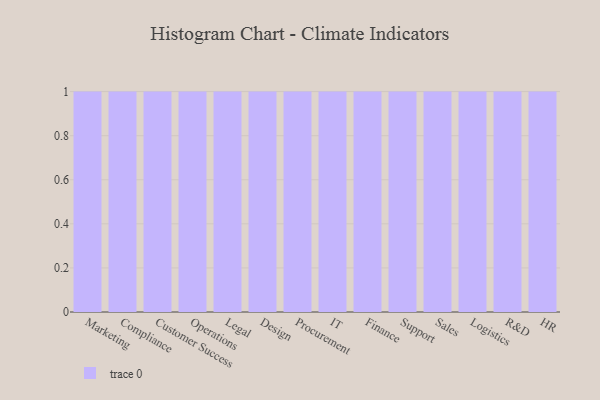
{"axis": {"x": "Department", "y": "Demand Index"}, "legend": [""], "data": [{"x": "Marketing", "y": 70, "type": ""}, {"x": "Compliance", "y": 19, "type": ""}, {"x": "Customer Success", "y": 69, "type": ""}, {"x": "Operations", "y": 96, "type": ""}, {"x": "Legal", "y": 23, "type": ""}, {"x": "Design", "y": 52, "type": ""}, {"x": "Procurement", "y": 94, "type": ""}, {"x": "IT", "y": 9, "type": ""}, {"x": "Finance", "y": 83, "type": ""}, {"x": "Support", "y": 30, "type": ""}, {"x": "Sales", "y": 5, "type": ""}, {"x": "Logistics", "y": 74, "type": ""}, {"x": "R&D", "y": 7, "type": ""}, {"x": "HR", "y": 19, "type": ""}]}